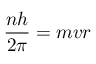
{ \frac { n h } { 2 \pi } } = m v r